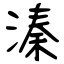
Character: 溱